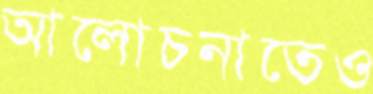
আলোচনাতেও